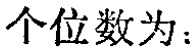
个位数为：